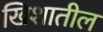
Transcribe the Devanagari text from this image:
खिशातील